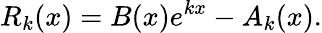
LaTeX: R_{k}(x)=B(x)e^{kx}-A_{k}(x).